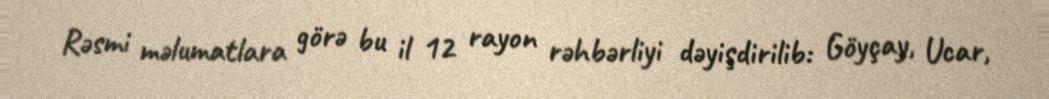
Rəsmi məlumatlara görə bu il 12 rayon rəhbərliyi dəyişdirilib: Göyçay, Ucar,